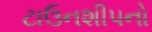
ટાઉનશીપનો